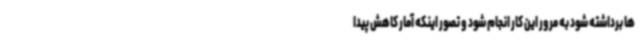
ها برداشته شود به مرور این کار انجام‌ شود و تصور اینکه آمار کاهش پیدا